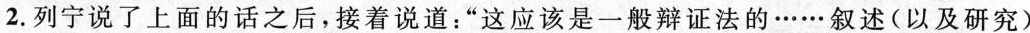
2.列宁说了上面的话之后，接着说道：”这应该是一般辩证法的……叙述(以及研究)